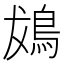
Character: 䳊